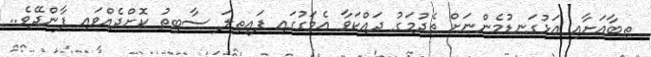
ތިބާއަށާއި އަޅުގަނޑުމެންނަށް ތެދުމަގު ދައްކަވާ އެމަގުގައި ފައިތިލަ ސާބިތު ކޮށްދެއްވައި ފާންދޭވެ..